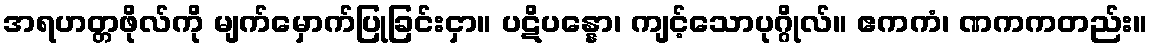
အရဟတ္တဖိုလ်ကို မျက်မှောက်ပြုခြင်းငှာ။ ပဋိပန္နော၊ ကျင့်သောပုဂ္ဂိုလ်။ ဧကကံ၊ ဏကကတည်း။